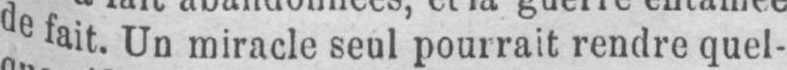
de fait. Un miracle seul pourrait rendre quel-